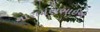
નારાયણભાઈએ